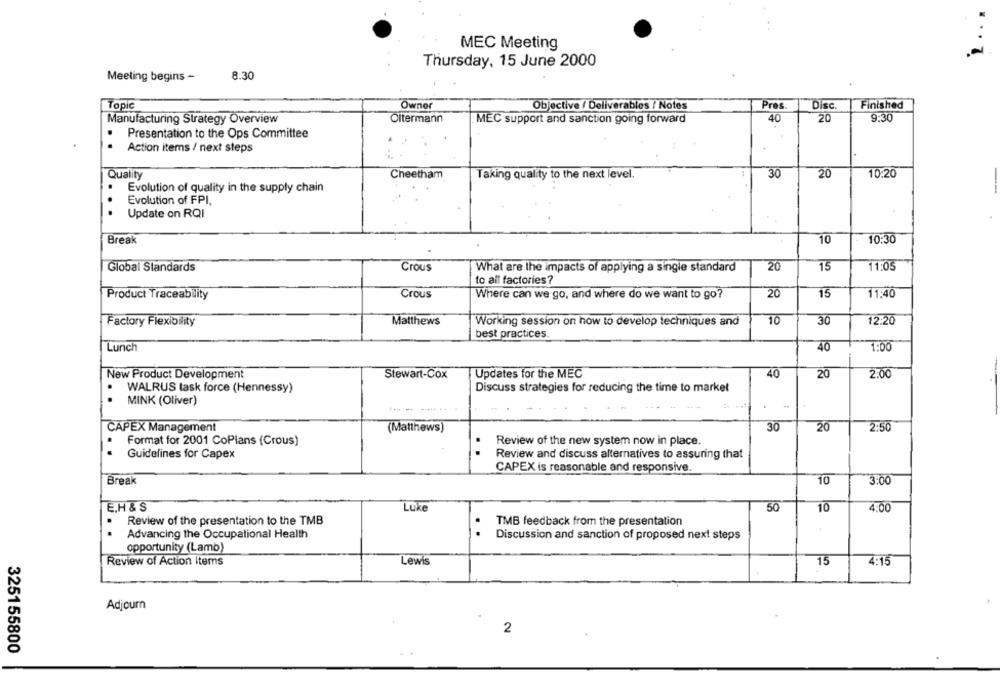
MEC Meeting
Thursday, 15 June 2000
Meeting begins -
8:30
Topic
Owner
Objective / Deliverables / Notes
Pres
Disc.
Finished
40
20
9.30
Manufacturing Strategy Overview
Oltermann
MEC support and sanction going forward
Presentation to the Ops Committee
Action items / next steps
Quality
Cheetham
Taking quality to the next level.
30
20
10:20
Evolution of quality in the supply chain
Evolution of FPI,
..
Update on RQI
Break
10
10:30
Global Standards
Crous
What are the impacts of applying a single standard
20
15
11:05
to all factories?
Product Traceability
Crous
Where can we go, and where do we want to go?
20
15
11:40
Factory Flexibility
Matthews
Working session on how to develop techniques and
10
30
12:20
best practices.
Lunch
40
1:00
40
New Product Development
Stewart-Cox
Updates for the MEC
20
2.00
.
Discuss strategies for reducing the time to market
WALRUS task force (Hennessy)
.
MINK (Oliver)
CAPEX Management
(Matthews)
30
20
2:50
Format for 2001 CoPlans (Crous)
Review of the new system now in place.
Guidelines for Capex
Review and discuss alternatives to assuring that
CAPEX is reasonable and responsive.
Break
10
3:00
E.H & S
Luke
50
10
4:00
Review of the presentation to the TMB
TMB feedback from the presentation
Advancing the Occupational Health
Discussion and sanction of proposed next steps
opportunity (Lamb)
Review of Action Items
4:15
Lewis
15
Adjourn
2
325155800